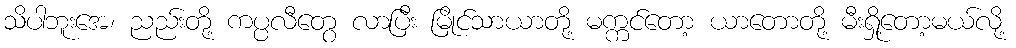
သိပါဘူးအေ၊ ညည်းတို့ ကပ္ပလီတွေ လာပြီး မြိုင်သာယာတို့ မက္ကင်တော့ ယာတောတို့ မီးရှို့တော့မယ်လို့